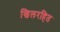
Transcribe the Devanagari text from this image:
खिलरहित